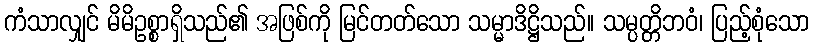
ကံသာလျှင် မိမိဥစ္စာရှိသည်၏ အဖြစ်ကို မြင်တတ်သော သမ္မာဒိဋ္ဌိသည်။ သမ္ပတ္တိဘဝံ၊ ပြည့်စုံသော